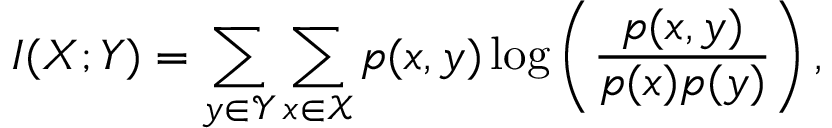
I ( X ; Y ) = \sum _ { y \in \mathcal { Y } } \sum _ { x \in \mathcal { X } } p ( x , y ) \log \left( \frac { p ( x , y ) } { p ( x ) p ( y ) } \right) ,